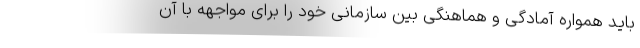
باید همواره آمادگی و هماهنگی بین سازمانی خود را برای مواجهه با آن